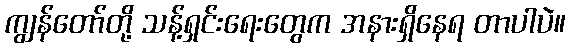
ကျွန်တော်တို့ သန့်ရှင်းရေးတွေက အနားရှိနေရ တာပါပဲ။